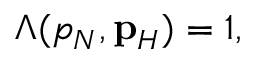
\begin{array} { r } { \Lambda ( p _ { N } , { \bf p } _ { H } ) = 1 , } \end{array}